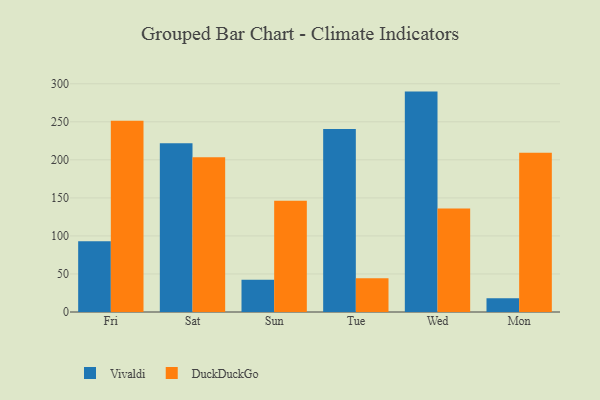
{"axis": {"x": "Day", "y": "Revenue (USD Million)"}, "legend": ["DuckDuckGo", "Vivaldi"], "data": [{"x": "Fri", "y": 93.1, "type": "Vivaldi"}, {"x": "Fri", "y": 251.4, "type": "DuckDuckGo"}, {"x": "Sat", "y": 221.7, "type": "Vivaldi"}, {"x": "Sat", "y": 203.5, "type": "DuckDuckGo"}, {"x": "Sun", "y": 42.3, "type": "Vivaldi"}, {"x": "Sun", "y": 146.3, "type": "DuckDuckGo"}, {"x": "Tue", "y": 240.5, "type": "Vivaldi"}, {"x": "Tue", "y": 44.5, "type": "DuckDuckGo"}, {"x": "Wed", "y": 289.7, "type": "Vivaldi"}, {"x": "Wed", "y": 135.9, "type": "DuckDuckGo"}, {"x": "Mon", "y": 18.2, "type": "Vivaldi"}, {"x": "Mon", "y": 209.3, "type": "DuckDuckGo"}]}